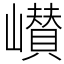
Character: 㠝